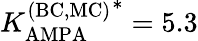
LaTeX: {K_{\mathrm{AMPA}}^{\mathrm{(BC,MC)}}}^{*}=5.3